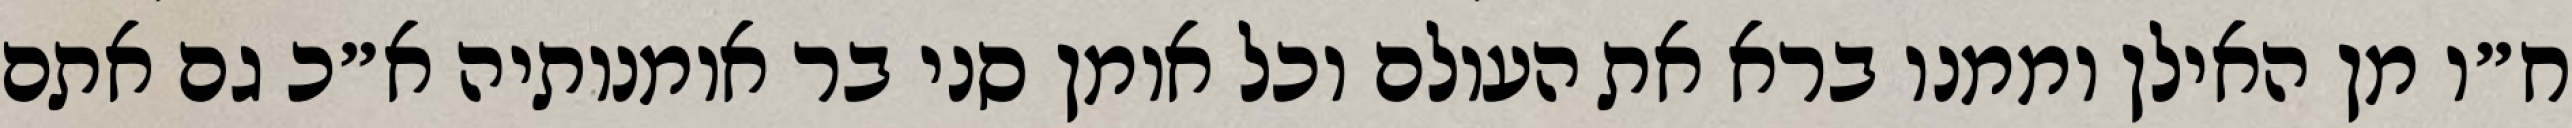
ח״ו מן האילן וממנו ברא את העולם וכל אומן סני בר אומנותיה א״כ גם אתם